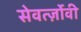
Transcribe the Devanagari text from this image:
सेवर्त्ज़ोवी